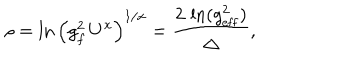
\rho = \ln \left( g _ { f } ^ { 2 } \, U ^ { x } \right) ^ { 1 / x } = { \frac { 2 \, \ln ( g _ { \mathrm { e f f } } ^ { 2 } ) } { \Delta } } ,